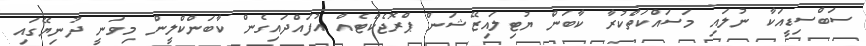
ސަބްސިޑީއަކާ ނުލައި މަސައްކަތްކުރާ ކާބަން ޔުޓިލައިޒޭޝަން ޕްރޮޖެކްޓެއް އުފައްދައިގެން ކާބަންކްލީން މިވަނީ ދުނިޔޭގައި